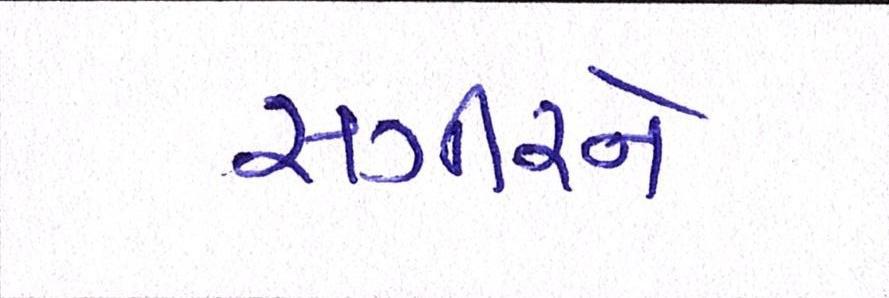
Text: સગીરને